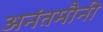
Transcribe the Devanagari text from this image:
अनंतमौनी